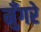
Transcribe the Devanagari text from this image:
मुँगरे